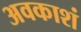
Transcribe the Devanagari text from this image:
अवकाशं